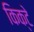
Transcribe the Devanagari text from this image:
किक्टे